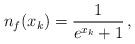
LaTeX: \begin{align*} n_f (x_k) = {1 \over { e^{x_k} + 1} }\,,\end{align*}